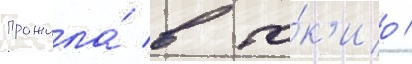
прожила́ в то́к'ио /